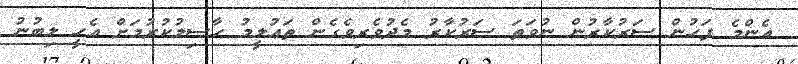
އެންމެ ފަހުން ސަރުކާރުން ނުވަތަ ސަރުކާރު މެދުވެރިވެގެން ތަޢުލީމު ހާސިލުކުރުމަށް އެހީ ލިބުނު